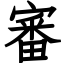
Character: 審